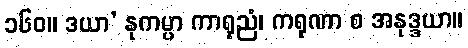
၁၆၀။ ဒယာ’ နုကမ္ပာ ကာရုညံ၊ ကရုဏာ စ အနုဒ္ဒယာ။